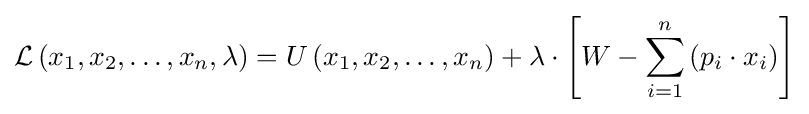
{\mathcal {L}}\left(x_{1},x_{2},\dots ,x_{n},\lambda \right)=U\left(x_{1},x_{2},\dots ,x_{n}\right)+\lambda \cdot \left[W-\sum _{i=1}^{n}\left(p_{i}\cdot x_{i}\right)\right]